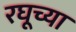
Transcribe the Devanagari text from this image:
रघूच्या